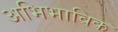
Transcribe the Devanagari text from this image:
अभिभाविक